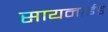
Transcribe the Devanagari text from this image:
सायनाईड